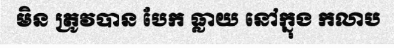
មិន ត្រូវបាន បែក ធ្លាយ នៅក្នុង កលាប